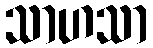
သာဟသာ